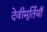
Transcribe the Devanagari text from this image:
देवीमूर्तियाँ